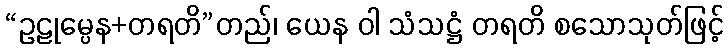
“ဥဠုမ္ပေန+တရတိ”တည်၊ ယေန ဝါ သံသဋ္ဌံ တရတိ စသောသုတ်ဖြင့်